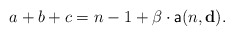
\begin{align*}a+b+c=n-1+\beta\cdot \mathsf{a}(n,\mathbf{d}).\end{align*}